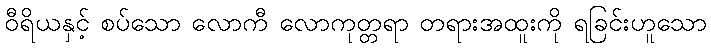
ဝီရိယနှင့် စပ်သော လောကီ လောကုတ္တရာ တရားအထူးကို ရခြင်းဟူသော